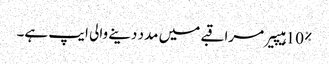
10% ہیپیر مراقبے میں مدد دینے والی ایپ ہے۔